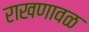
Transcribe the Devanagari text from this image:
राखणावळ